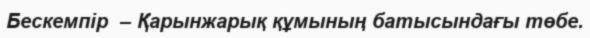
Бескемпір  – Қарынжарық құмының батысындағы төбе.